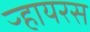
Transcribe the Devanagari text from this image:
ऱ्हायरस